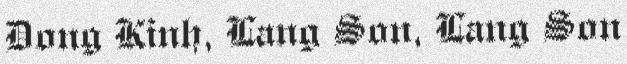
Dong Kinh, Lang Son, Lang Son